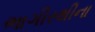
ભાગીરથીના